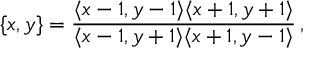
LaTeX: \{ x , y \} = \frac { \langle x - 1 , y - 1 \rangle \langle x + 1 , y + 1 \rangle } { \langle x - 1 , y + 1 \rangle \langle x + 1 , y - 1 \rangle } \, ,